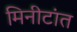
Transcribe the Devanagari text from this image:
मिनीटांत